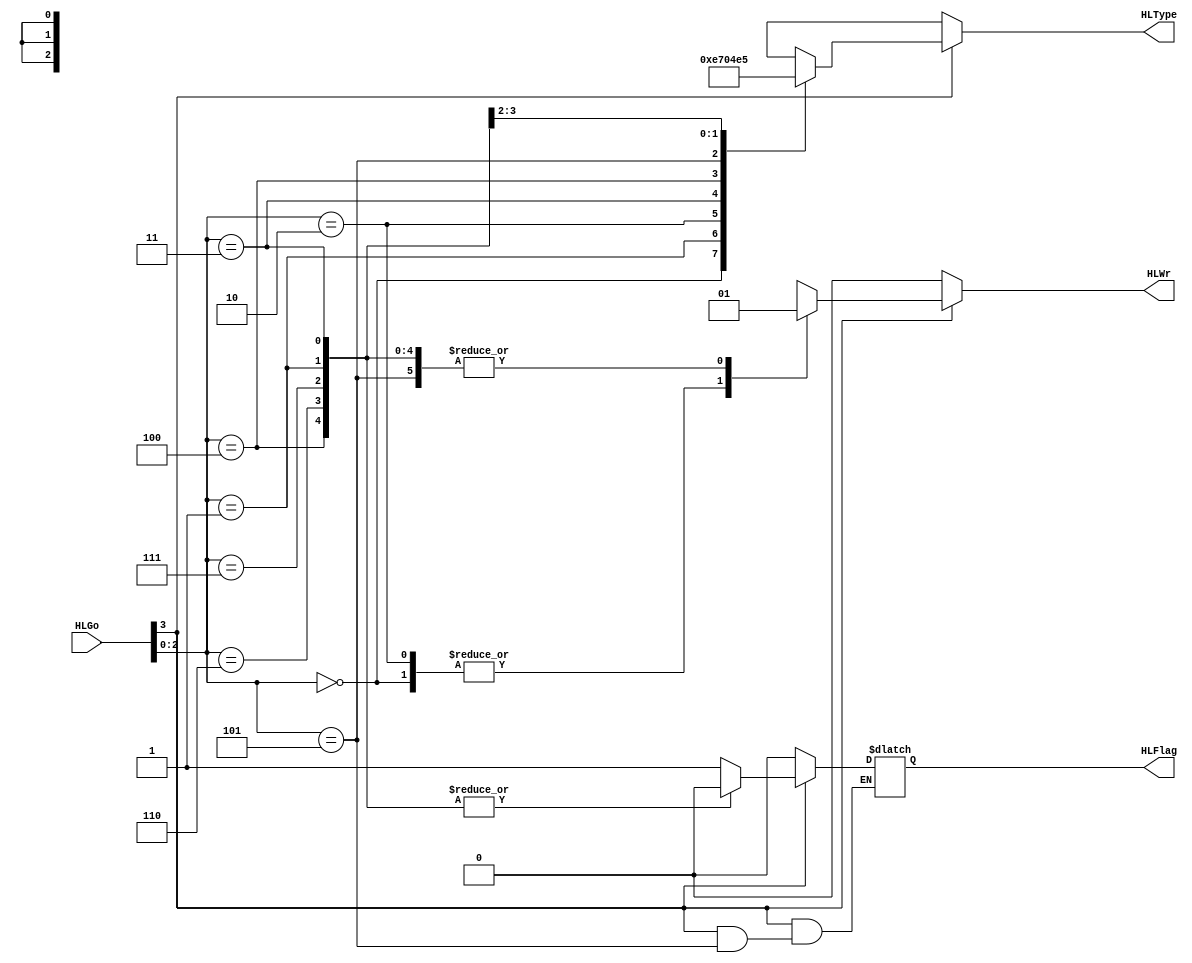
`timescale 1ns / 1ps
//////////////////////////////////////////////////////////////////////////////////
// Company: 
// Engineer: 
// 
// Design Name: 
// Module Name: HiLoControl
// Project Name: 
// Target Devices: 
// Tool Versions: 
// Description: 
// 
// Dependencies: 
// 
// Revision:
// Revision 0.01 - File Created
// Additional Comments:
// 
//////////////////////////////////////////////////////////////////////////////////


module HiLoControl(HLGo, HLWr, HLType, HLFlag);
    input [3:0] HLGo;
    
    wire Go;
    wire [2:0] ID;
    assign Go = HLGo[3];
    assign ID = HLGo[2:0];
    
    output reg [2:0] HLType;
    output reg HLWr, HLFlag; // HLFlag = 1 tells the processor that the HL Reg Output should be used rather than the ALU Output
    
    initial 
    begin
        HLType <= 3'b000;
        HLFlag <= 1'b0;
        HLWr <= 1'b0;
    end
    
    always @(*) 
    begin
        if (Go == 1'b1) 
        begin
            case(ID)
                3'b000 : // mfhi
                begin
                    HLWr = 1'b0;
                    HLFlag = 1'b1;
                    HLType = 3'b111;
                end
                3'b001 : // mthi
                begin
                    HLWr = 1'b1;
                    HLFlag = 1'b0;
                    HLType = 3'b001;
                end
                3'b010 : // mflo
                begin
                    HLWr = 1'b0;
                    HLFlag = 1'b1;
                    HLType = 3'b110;
                end
                3'b011 : // mtlo
                begin
                    HLWr = 1'b1;
                    HLFlag = 1'b0;
                    HLType = 3'b000;
                end
                3'b100 : // madd
                begin
                    HLWr = 1'b1;
                    HLFlag = 1'b0;
                    HLType = 3'b010;
                end
                3'b101 : // msub
                begin
                    HLWr = 1'b1;
                    HLType = 3'b011;
                end
                3'b110 : // mult
                begin
                    HLWr = 1'b1;
                    HLFlag = 1'b0;
                    HLType = 3'b100; 
                end
                3'b111 : // multu
                begin
                    HLWr = 1'b1;
                    HLFlag = 1'b0;
                    HLType = 3'b101;
                end
                default:
                begin
                    HLWr = 1'b0;
                    HLFlag = 1'b0;
                    HLType = 3'bxxx;
                end
            endcase //removed mul, look at comment in hiloreg file
        end
        else
        begin
            HLWr = 1'b0;
            HLFlag = 1'b0;
            HLType = 3'bxxx;
        end
    end
endmodule